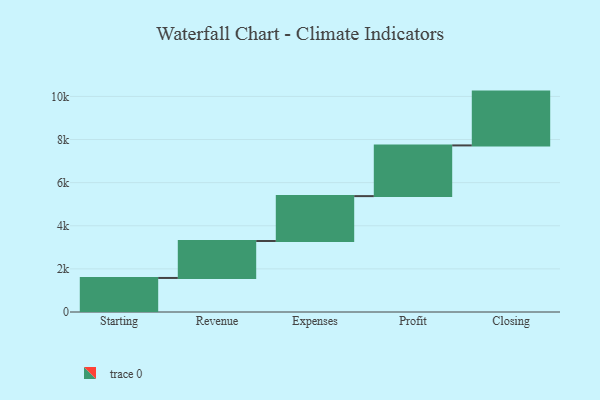
{"axis": {"x": "Step", "y": "Value"}, "legend": [""], "data": [{"x": "Starting", "y": 1579.0, "type": ""}, {"x": "Revenue", "y": 1714.0, "type": ""}, {"x": "Expenses", "y": 2082.0, "type": ""}, {"x": "Profit", "y": 2352.0, "type": ""}, {"x": "Closing", "y": 2496.0, "type": ""}]}